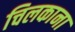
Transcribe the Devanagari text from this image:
चिलकाना